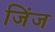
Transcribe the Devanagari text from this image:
जिंज